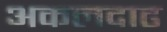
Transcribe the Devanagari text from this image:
अकलदाढ